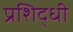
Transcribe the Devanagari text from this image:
प्रशिद्धी